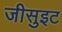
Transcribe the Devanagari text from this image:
जीसुइट